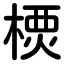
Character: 樮